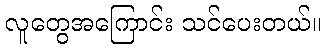
လူတွေအကြောင်း သင်ပေးတယ်။